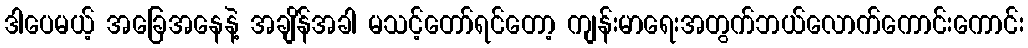
ဒါပေမယ့် အခြေအနေနဲ့ အချိန်အခါ မသင့်တော်ရင်တော့ ကျန်းမာရေးအတွက်ဘယ်လောက်ကောင်းကောင်း